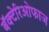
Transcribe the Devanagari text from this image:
बॅक्टेरिओफाज